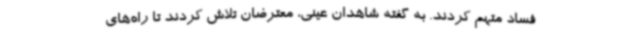
فساد متهم کردند. به گفته شاهدان عینی، معترضان تلاش کردند تا راه‌های